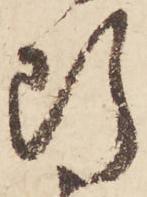
断